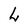
Character: L